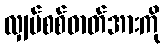
လျှပ်စစ်ဓာတ်အားကို